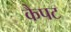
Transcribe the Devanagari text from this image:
कैपट